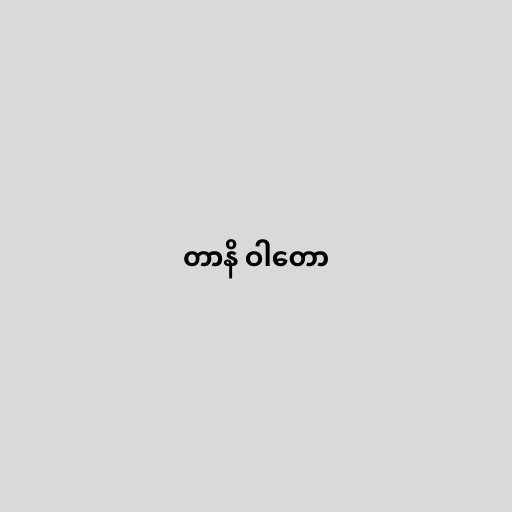
တာနိ ဝါတော